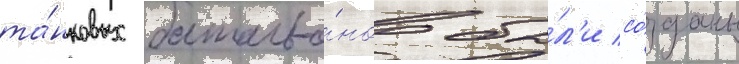
та́нковых батальо́нов бы́л'и со́зданы